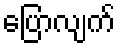
ပြောလျက်